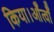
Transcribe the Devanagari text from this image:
किया।आँत्वाँ